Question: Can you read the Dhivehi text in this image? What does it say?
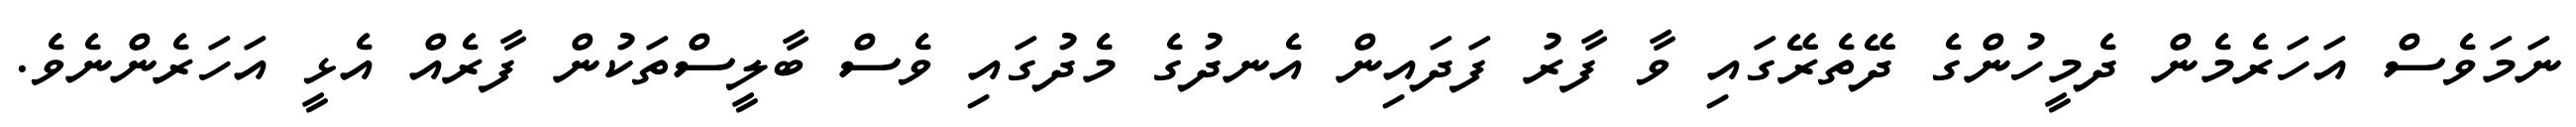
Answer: ނަމަވެސް އަހަރެމެން ދެމީހުންގެ ދޭތެރޭގައި ވާ ފާރު ފަދައިން އެނދުގެ މެދުގައި ވެސް ބާލީސްތަކުން ފާރެއް އެޅީ އަހަރެންނެވެ.